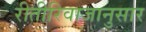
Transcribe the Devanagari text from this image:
रीतीरिवाजानुसार